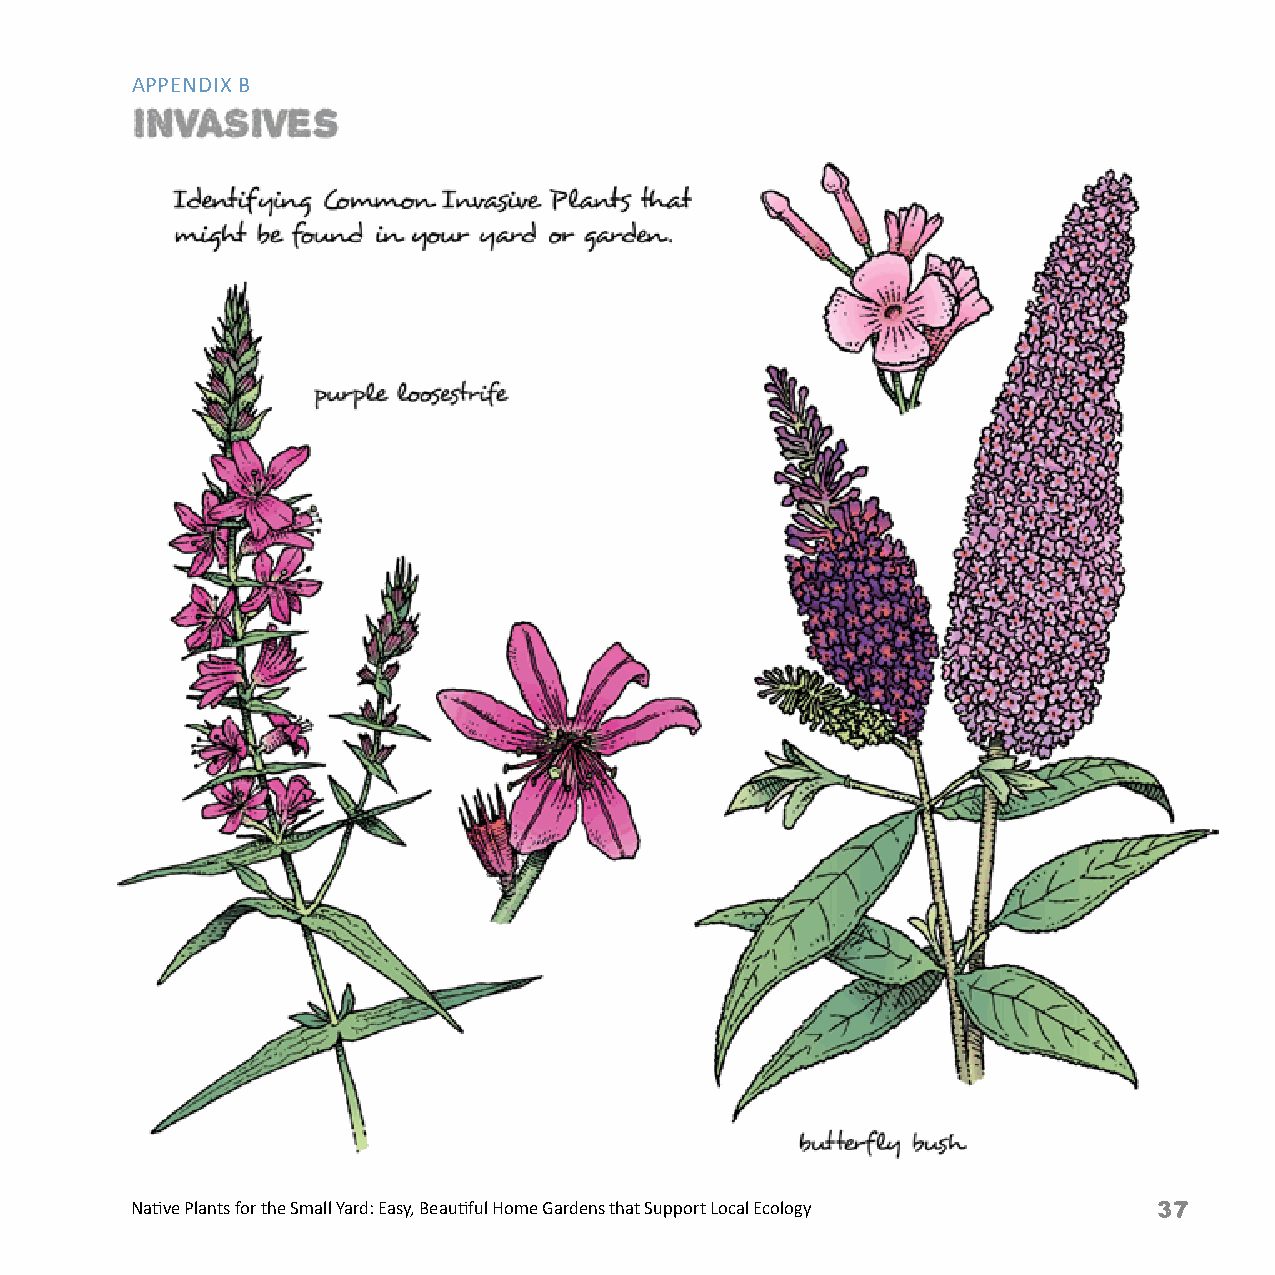
APPENDIX B
 curly dock
 European
 plantain
 lamb’s
 quarters
 garlic mile-a-minute weed
 mustard
 bindweed
 Native Plants for the Small Yard: Easy, Beautiful Home Gardens that Support Local Ecology Native Plants for the Small Yard: Easy, Beautiful Home Gardens that Support Local Ecology 37